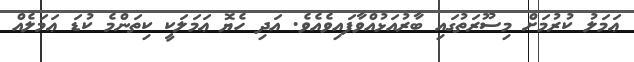
ޢަމަލު ކުރުމަށް މިސޫރަތުގައި ބާރުއަޅުއްވާފައިވެއެވެ. އަދި ހެޔޮ ޢަމަލަކީ ކިތަންމެ ކުޑަ ޢަމަލެއް